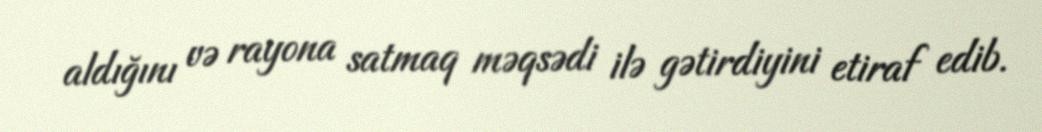
aldığını və rayona satmaq məqsədi ilə gətirdiyini etiraf edib.